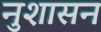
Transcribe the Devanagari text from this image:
नुशासन